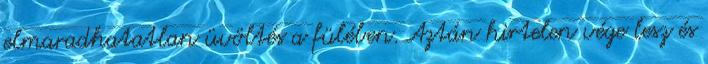
elmaradhatatlan üvöltés a fülében. Aztán hirtelen vége lesz és